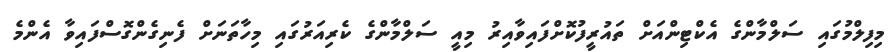
މިފިލްމުގައި ސަލްމާންގެ އެކްޓިންއަށް ތައުރީފުކޮށްފައިވާއިރު މިއީ ސަލްމާންގެ ކެރިއަރުގައި މިހާތަނަށް ފެނިގެންގޮސްފައިވާ އެންމެ